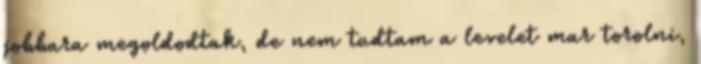
jobbara megoldodtak, de nem tudtam a levelet mar torolni,